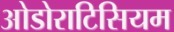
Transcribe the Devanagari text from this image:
ओडोराटिसियम